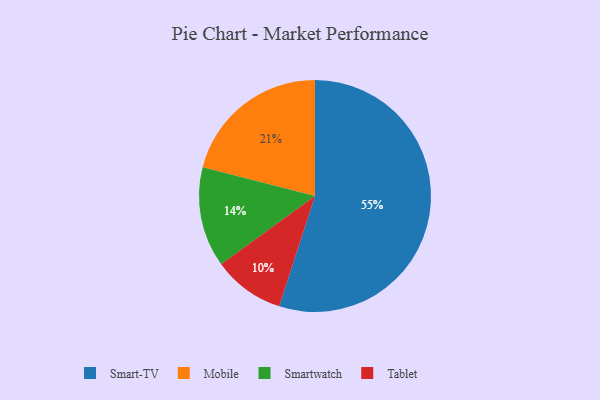
{"axis": {"x": "Category", "y": "Percentage"}, "legend": ["Mobile", "Smart-TV", "Smartwatch", "Tablet"], "data": [{"x": "Mobile", "y": 21, "type": "Mobile"}, {"x": "Smartwatch", "y": 14, "type": "Smartwatch"}, {"x": "Tablet", "y": 10, "type": "Tablet"}, {"x": "Smart-TV", "y": 55, "type": "Smart-TV"}]}